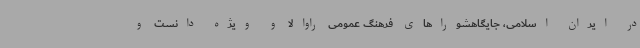
در ایران اسلامی، جایگاهشوراهای فرهنگ عمومی راوالا و ویژه‌ دانست و